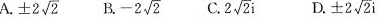
A. $$\pm 2 \sqrt{2}$$ B. $$-2 \sqrt{2}$$ C. $$2 \sqrt{2}i$$ D. $$\pm 2 \sqrt{2}i$$